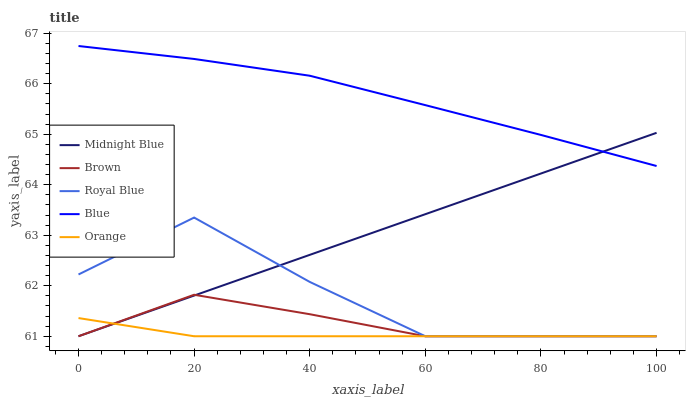
| xaxis_label | Midnight Blue | Brown | Royal Blue | Blue | Orange |
 | --- | --- | --- | --- | --- | --- |
 | 0 | 61 | 61 | 62.2 | 66.7 | 61.4 |
 | 20 | 61.8 | 61.8 | 63.4 | 66.5 | 61 |
 | 40 | 62.6 | 61.4 | 62.1 | 66.2 | 61 |
 | 60 | 63.4 | 61 | 61 | 65.6 | 61 |
 | 80 | 64.2 | 61 | 61 | 65 | 61 |
 | 100 | 65 | 61 | 61 | 64.4 | 61 |